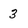
Character: 3